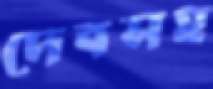
দেবসহ